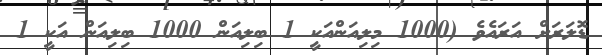
ޑޮލަރަށް އަރައެވެ (1000 މިލިއަންއަކީ 1 ބިލިއަން 1000 ބިލިއަން އަކީ 1